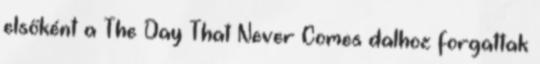
elsőként a The Day That Never Comes dalhoz forgattak